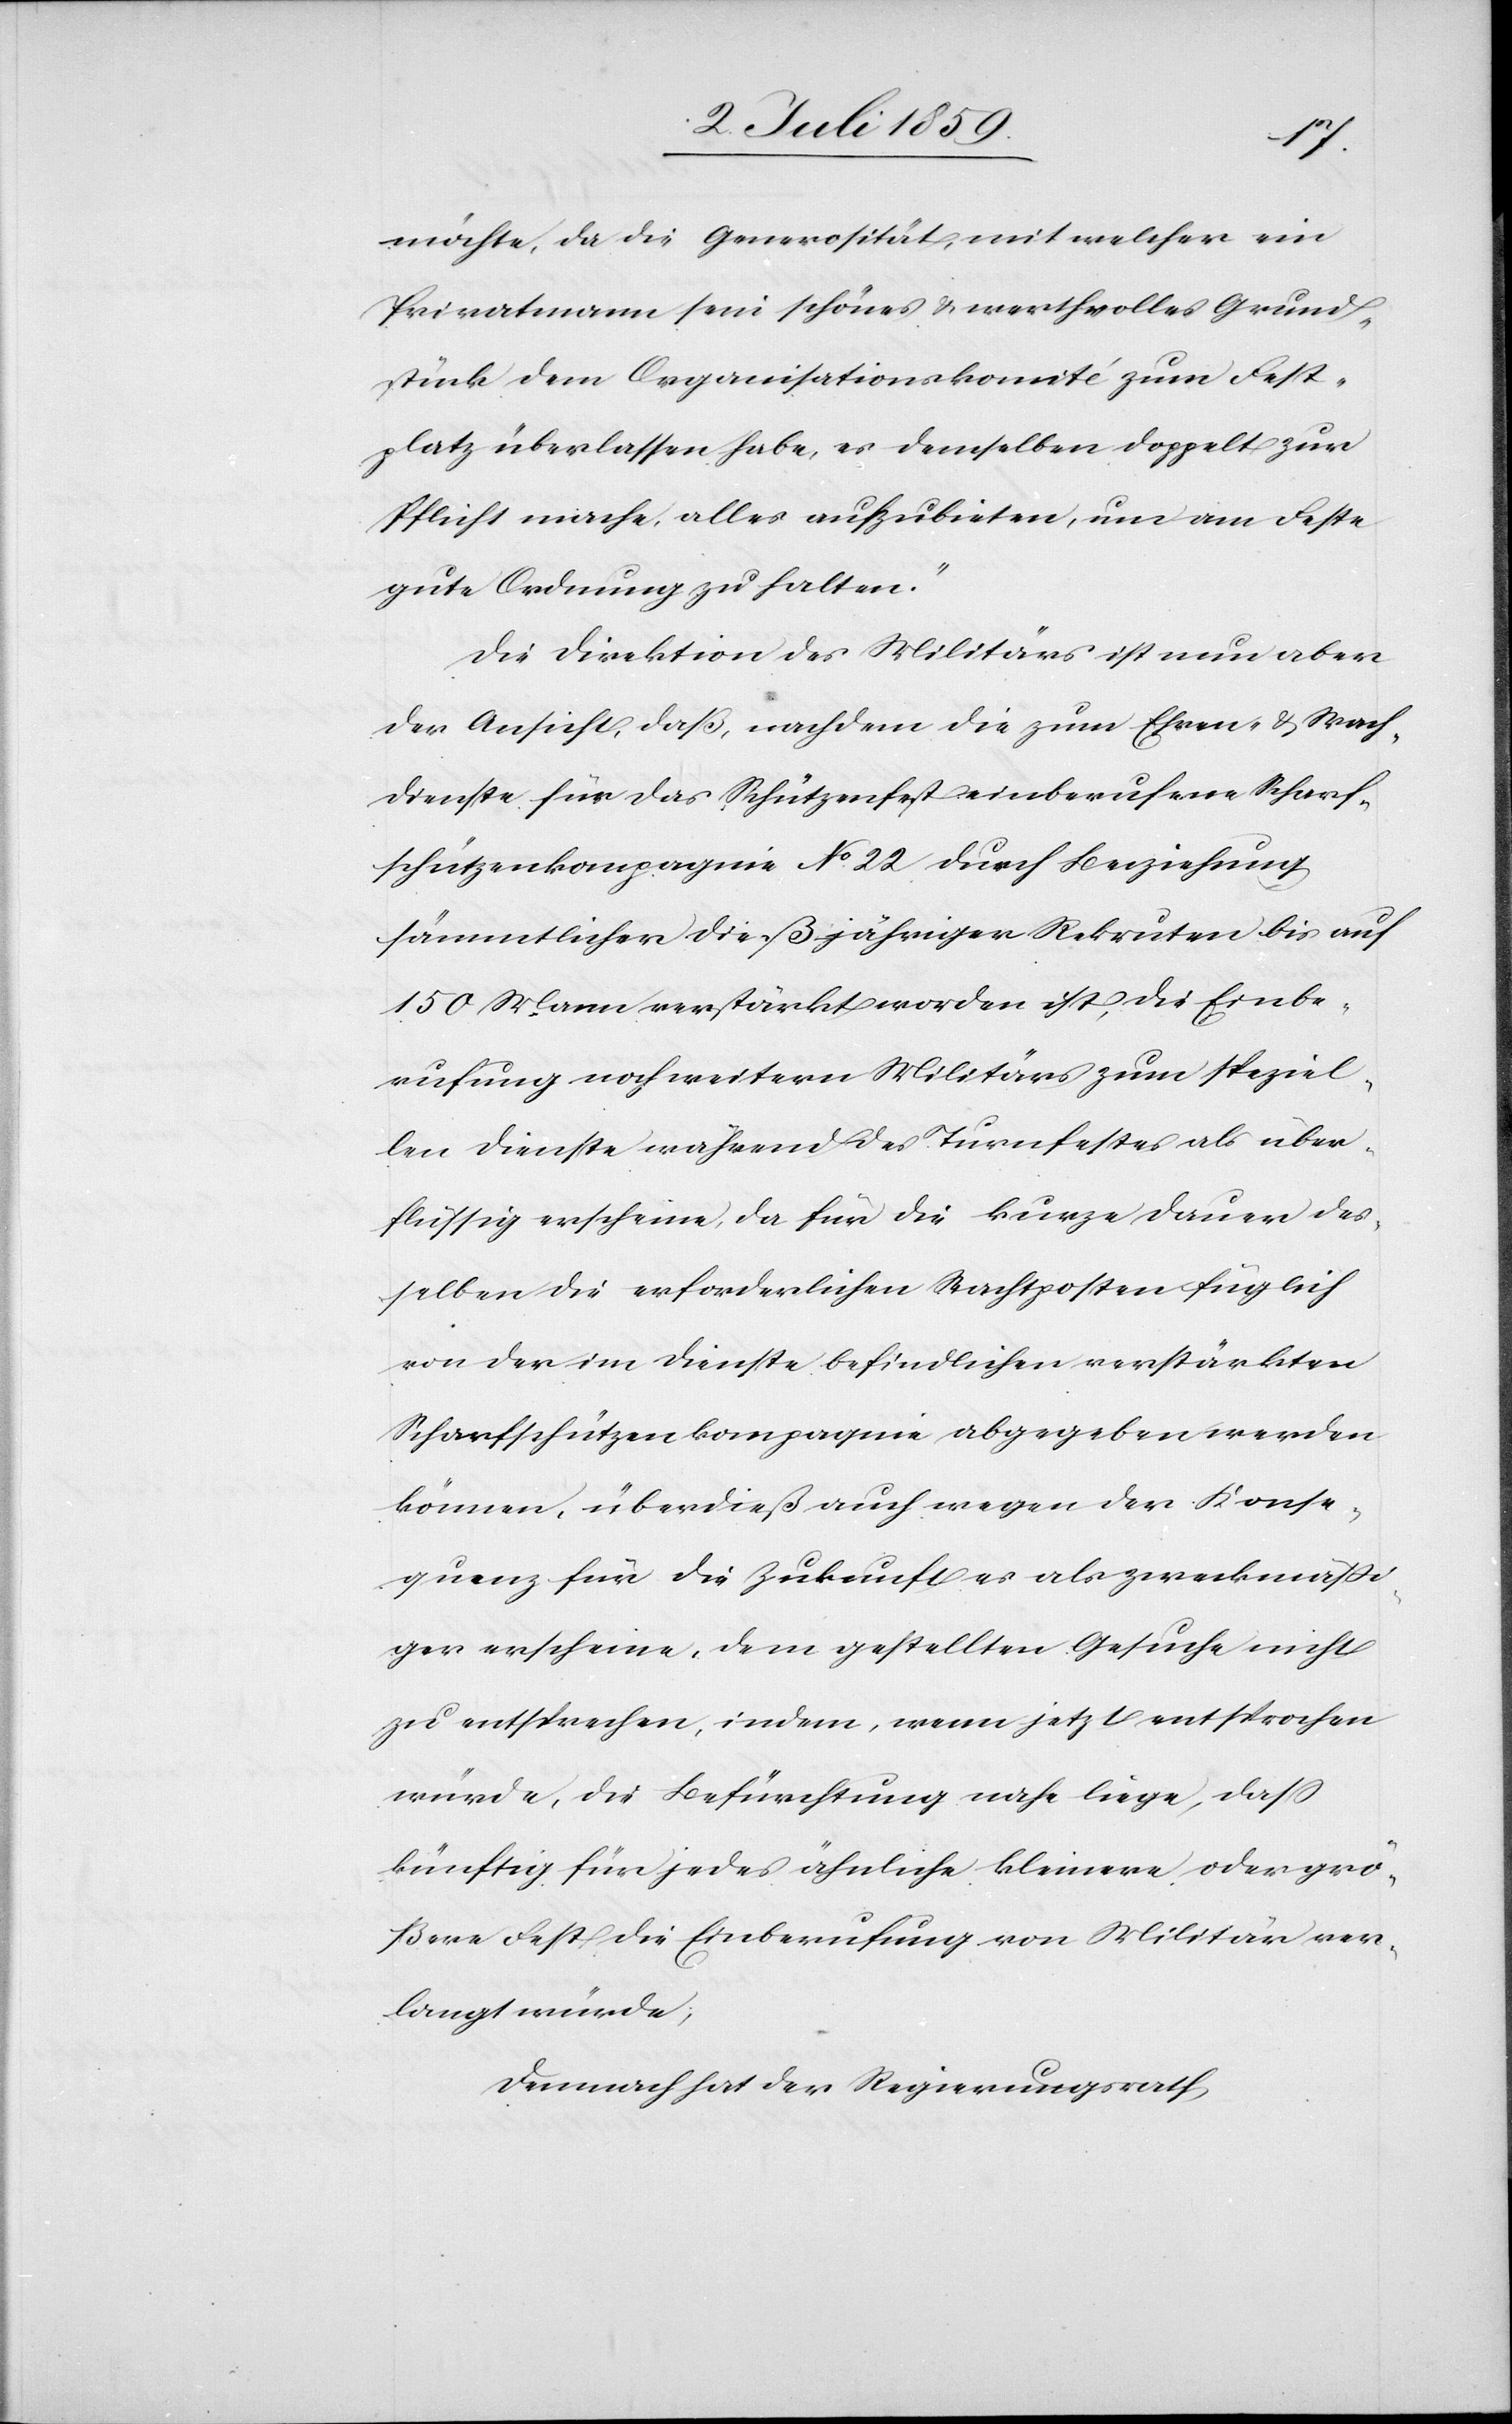
möchte, da die Generosität, mit welcher ein
Privatmann sein schönes u. wertvolles Grund¬
stück dem Organisationskomité zum Fest¬
platz überlassen habe, es demselben doppelt zum
gute Ordnung zu halten.“
Die Direktion des Militärs ist nun aber
der Ansicht, daß, nachdem die zum Ehren- u. Wach¬
dienste für das Schützenfest einberufene Scharf¬
schützenkompagnie No 22 durch Beiziehung
sämmtlicher dießjähriger Rekruten bis auf
150 Mann verstärkt worden ist, die Einbe¬
rufung noch weitern Militärs zum speziel¬
len Dienste während des Turnfestes als über¬
flüssig erscheine, da für die kurze Dauer des¬
selben die erforderlichen Wachposten füglich
von der im Dienste befindlichen verstärkten
Scharfschützenkompagnie abgegeben werden
können, überdieß auch wegen der Konse¬
quenz für die Zukunft es als zweckmäßi¬
ger erscheine, dem gestellten Gesuche nicht
zu entsprechen, indem, wenn jetzt entsprochen
würde, die Befürchtung nahe läge, dass
künftig für jedes ähnliche kleinere oder grö¬
ßere Fest die Einberufung von Militär ver¬
langt würde;
Demnach hat der Regierungsrath